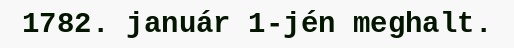
1782. január 1-jén meghalt.